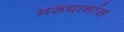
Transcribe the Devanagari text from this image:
मरूद्यानांस